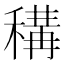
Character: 𥠾